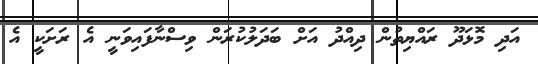
އަދި މޮޅަދޫ ރައްޔިތުން ދިއްދު އަށް ބަދަލުކުރަން ވިސްނާފައިވަނީ އެ ރަށަކީ އެ